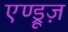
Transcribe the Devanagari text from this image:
एण्ड्रूज़